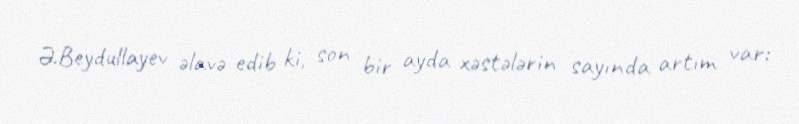
Ə.Beydullayev əlavə edib ki, son bir ayda xəstələrin sayında artım var: